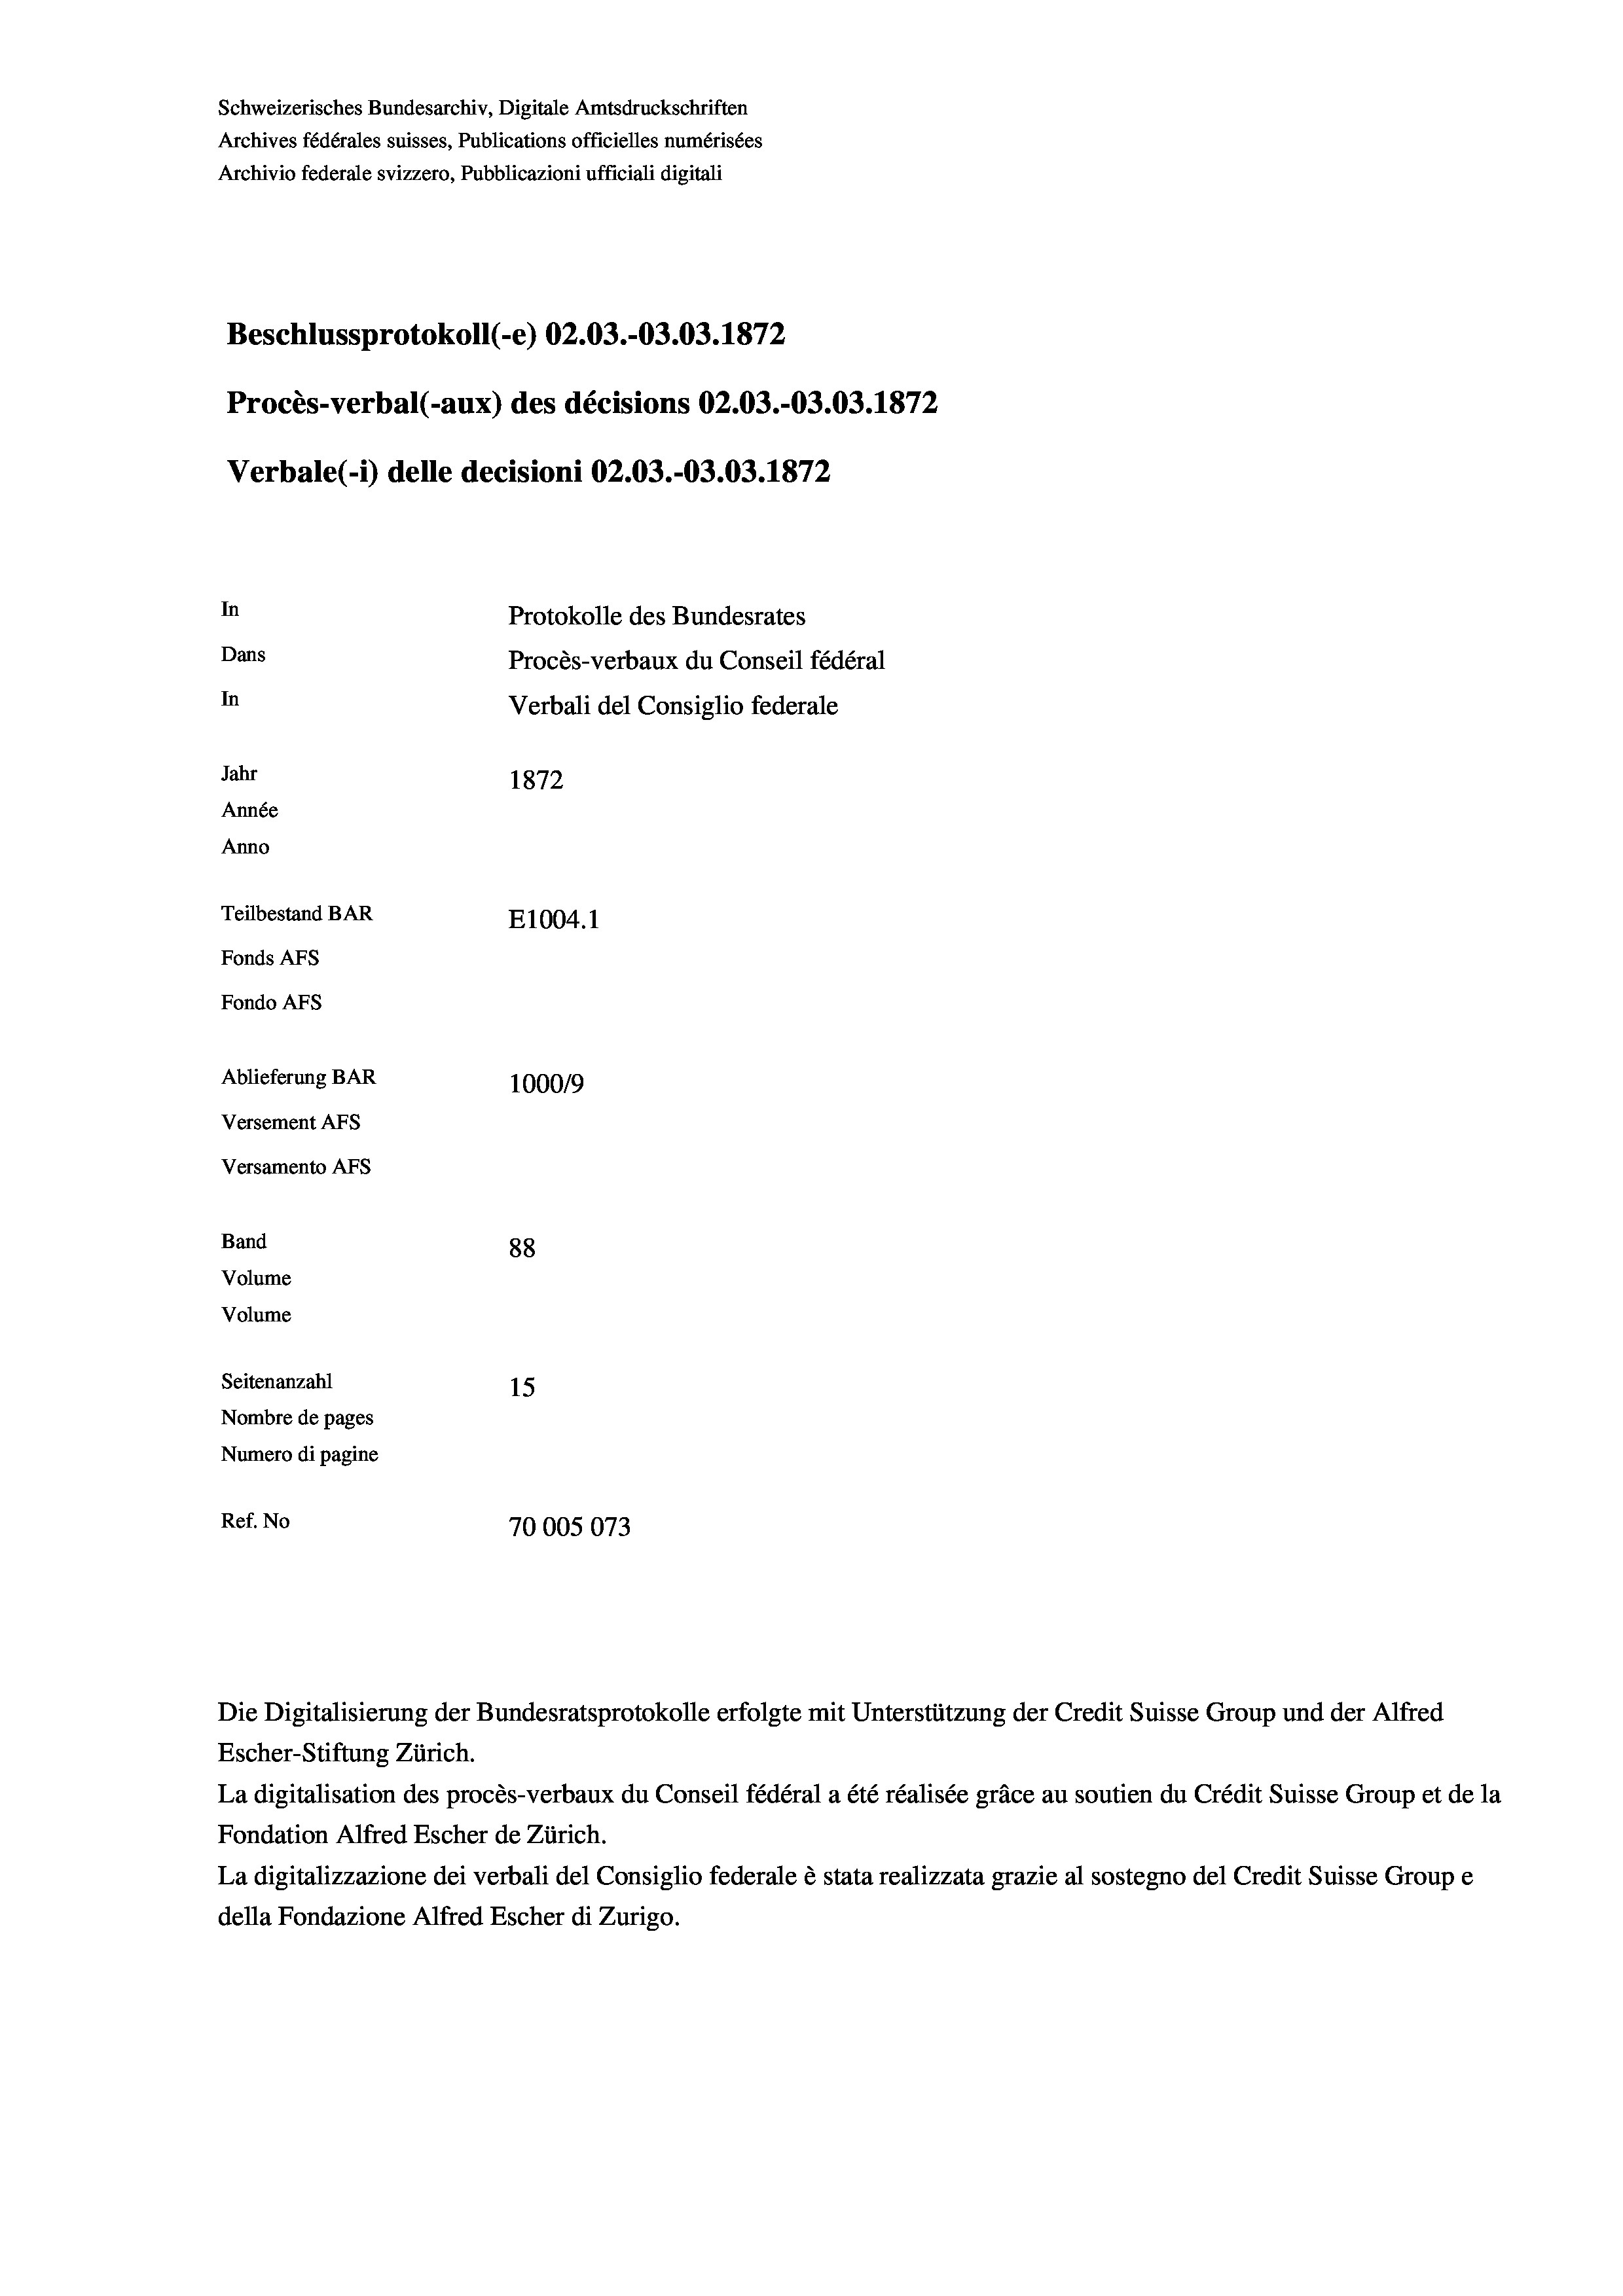
Schweizerisches Bundesarchiv, Digitale Amtsdruckschriften
Archives fédérales suisses, Publications officielles numérisées
Archivio federale svizzero, Pubblicazioni ufficiali digitali
Beschlussprotokoll (-e) 02.03.-03.03. 1872
Procès-verbal (-aux) des décisions 02.03.-03.03. 1872
Verbale (1) delle decisioni 02.03.-03.03. 1872
In
Protokolle des Bundesrates
Dans
Procès-verbaux du Conseil fédéral
In
Verbali del Consiglio federale
Jahr
1872
Année
Anno
Teilbestand BAR
E1004. 1
Fonds AFs
Fondo AFs
Ablieferung BAR
100019
Versement AFs
Versamento Afs

Band
Volume
Volume

88
Seitenanzahl
15
Nombre de pages
Numero di pagine
Ref. No
70005073

Escher-Stiftung Zürich.
La digitalisation des procès-verbaux du Conseil fédéral a été réalisée gräce au soutien du Crédit Suisse Group et de la
Fondation Alfred Escher de Zürich.
La digitalizzazione dei verbali del Consiglio federale è stata realizzata grazie al sostegno del Credit Suisse Groupe
della Fondazione Alfred Escher di Zurigo.

Die Digitalisierung der Bundesratsprotokolle erfolgte mit Unterstützung der Credit Suisse Group und der Alfred